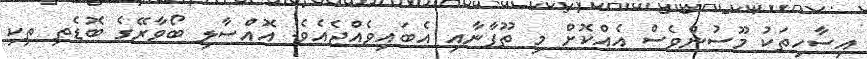
އިސާހިތަކު މޫސުންވެސް އެއްކޮށް މި ތޫފާނާއި އެބައިވެއްޖެއެވެ. އޮއްސާލި ބޯވާރޭގެ ބޮޑެތި ތިކި